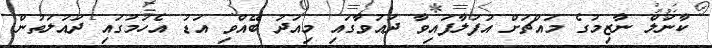
ކާނަލް ނާޒިމުގެ މައްޗަށް އުފުލާފައިވާ ދައުވާގައި މިއަދު ބޭއްވި އަޑު އެހުމުގައި ދައުލަތުން